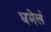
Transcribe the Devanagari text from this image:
घमेलं